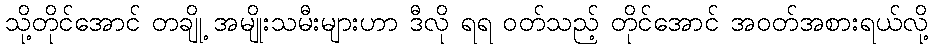
သို့တိုင်အောင် တချို့ အမျိုးသမီးများဟာ ဒီလို ရရ ဝတ်သည့် တိုင်အောင် အဝတ်အစားရယ်လို့